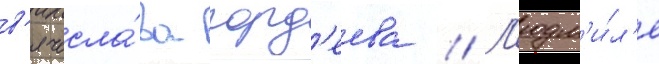
в'ячесла́ва горд'еева // Л'юдм'и́л'е